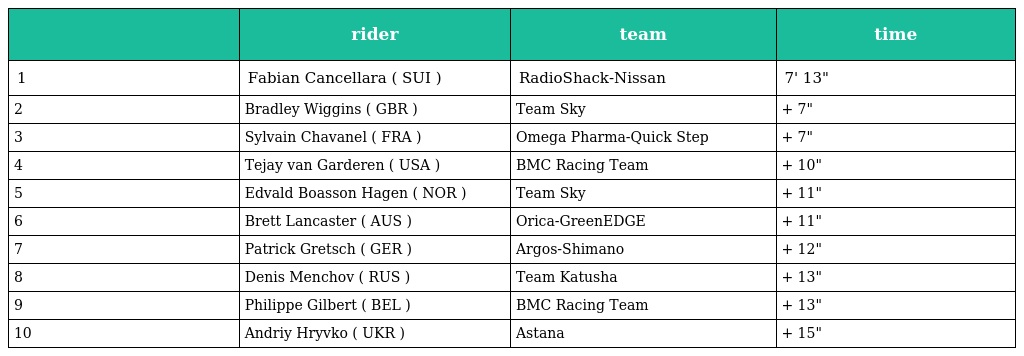
|  | rider | team | time |
 | --- | --- | --- | --- |
 | 1 | Fabian Cancellara ( SUI ) | RadioShack-Nissan | 7' 13" |
 | 2 | Bradley Wiggins ( GBR ) | Team Sky | + 7" |
 | 3 | Sylvain Chavanel ( FRA ) | Omega Pharma-Quick Step | + 7" |
 | 4 | Tejay van Garderen ( USA ) | BMC Racing Team | + 10" |
 | 5 | Edvald Boasson Hagen ( NOR ) | Team Sky | + 11" |
 | 6 | Brett Lancaster ( AUS ) | Orica-GreenEDGE | + 11" |
 | 7 | Patrick Gretsch ( GER ) | Argos-Shimano | + 12" |
 | 8 | Denis Menchov ( RUS ) | Team Katusha | + 13" |
 | 9 | Philippe Gilbert ( BEL ) | BMC Racing Team | + 13" |
 | 10 | Andriy Hryvko ( UKR ) | Astana | + 15" |